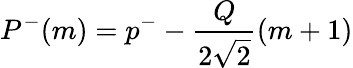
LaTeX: P^{-}(m)=p^{-}-\frac{Q}{2\sqrt{2}}(m+1)